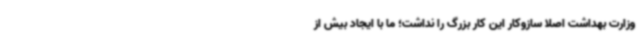
وزارت بهداشت اصلا سازوکار این کار بزرگ را نداشت؛ ما با ایجاد بیش از